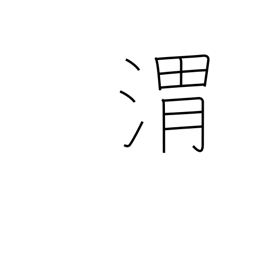
Meaning: name of Chinese river